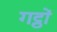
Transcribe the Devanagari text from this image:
गट्ठों